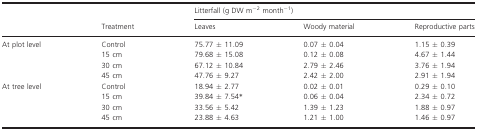
<table><thead><tr><td>[EMPTY_CELL]</td><td>[EMPTY_CELL]</td><td colspan="3"><b>Litterfall (g DW m<sup>−2</sup> month<sup>−1</sup>)</b></td></tr><tr><td>[EMPTY_CELL]</td><td><b>Treatment</b></td><td><b>Leaves</b></td><td><b>Woody material</b></td><td><b>Reproductive parts</b></td></tr></thead><tbody><tr><td rowspan="4">At plot level</td><td>Control</td><td>75.77 ± 11.09</td><td>0.07 ± 0.04</td><td>1.15 ± 0.39</td></tr><tr><td>15 cm</td><td>79.68 ± 15.08</td><td>0.12 ± 0.08</td><td>4.67 ± 1.44</td></tr><tr><td>30 cm</td><td>67.12 ± 10.84</td><td>2.79 ± 2.46</td><td>3.76 ± 1.94</td></tr><tr><td>45 cm</td><td>47.76 ± 9.27</td><td>2.42 ± 2.00</td><td>2.91 ± 1.94</td></tr><tr><td rowspan="4">At tree level</td><td>Control</td><td>18.94 ± 2.77</td><td>0.02 ± 0.01</td><td>0.29 ± 0.10</td></tr><tr><td>15 cm</td><td>39.84 ± 7.54*</td><td>0.06 ± 0.04</td><td>2.34 ± 0.72</td></tr><tr><td>30 cm</td><td>33.56 ± 5.42</td><td>1.39 ± 1.23</td><td>1.88 ± 0.97</td></tr><tr><td>45 cm</td><td>23.88 ± 4.63</td><td>1.21 ± 1.00</td><td>1.46 ± 0.97</td></tr></tbody></table>